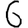
Digit: 6